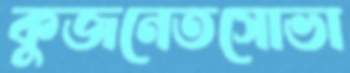
কুজনেতসোভা